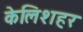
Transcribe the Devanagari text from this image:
केलिशहर